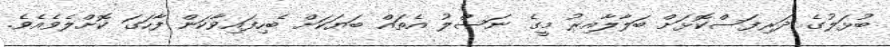
ބުޅަލުގެ ދަރިފަސްކޮޅަށް ބަލާލާއިރު މީގެ ނަސްލު އެތައް ބަޔަކަށް ބެހިފައިވާކަން ފާހަގަ ކޮށްލެވެއެވެ.